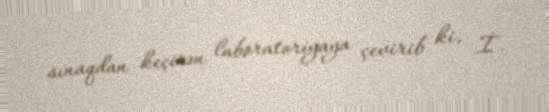
sınaqdan keçirən laboratoriyaya çevirib ki, İ.